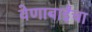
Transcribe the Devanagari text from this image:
वेणाबाईंचा